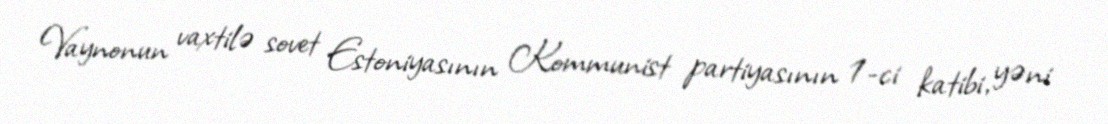
Vaynonun vaxtilə sovet Estoniyasının Kommunist partiyasının 1-ci katibi, yəni